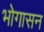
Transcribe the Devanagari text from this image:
भोगासन